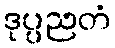
ဒုပ္ပညတံ